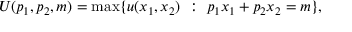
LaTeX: U ( p _ { 1 } , p _ { 2 } , m ) = \operatorname* { m a x } \{ \, \! u ( x _ { 1 } , x _ { 2 } ) { \mathrm { ~ } } : { \mathrm { ~ } } p _ { 1 } x _ { 1 } + p _ { 2 } x _ { 2 } = m \} ,